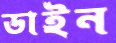
ডাইন